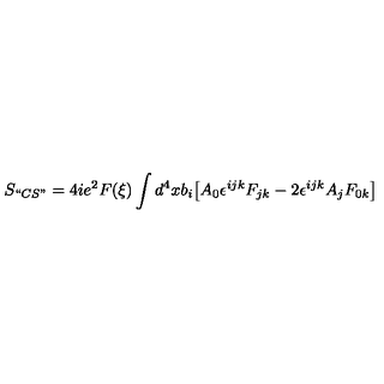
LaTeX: S _ { ` ` C S " } = 4 i e ^ { 2 } F ( \xi ) \int d ^ { 4 } x b _ { i } \bigl [ A _ { 0 } \epsilon ^ { i j k } F _ { j k } - 2 \epsilon ^ { i j k } A _ { j } F _ { 0 k } \bigr ]